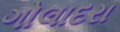
ગોલાદરા